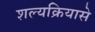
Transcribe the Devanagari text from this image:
शल्यक्रियासे